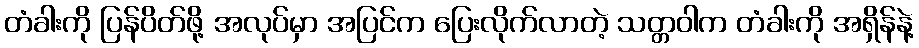
တံခါးကို ပြန်ပိတ်ဖို့ အလုပ်မှာ အပြင်က ပြေးလိုက်လာတဲ့ သတ္တဝါက တံခါးကို အရှိန်နဲ့